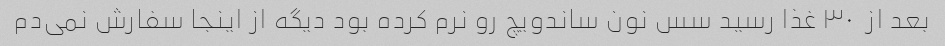
بعد از  ٣٠ غذا رسید سس نون ساندویچ رو نرم کرده بود دیگه از اینجا سفارش نمی‌دم